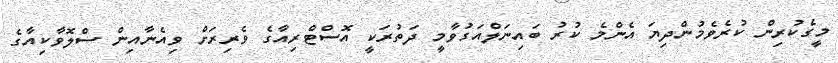
މީގެކުރިން ކުރެވެމުންދިޔަ އެންމެ ކުރު ބައިނަލްއަގުވާމީ ދަތުރަކީ އޮސްޓްރިއާގެ ވެރިރަށް ވިއެނާއިން ސްލޮވާކިއާގެ